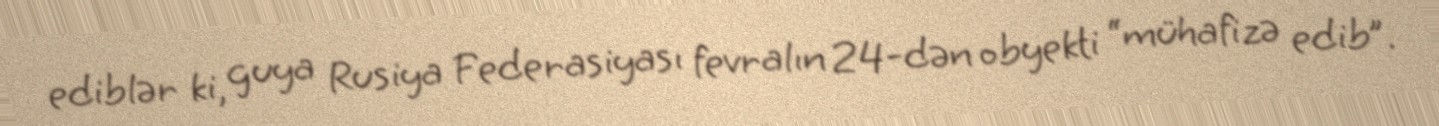
ediblər ki, guya Rusiya Federasiyası fevralın 24-dən obyekti “mühafizə edib”.